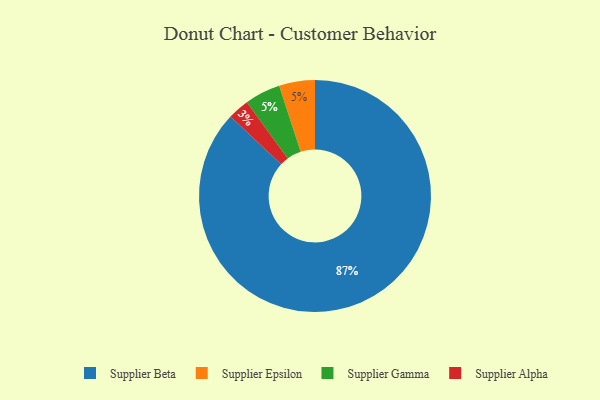
{"axis": {"x": "Category", "y": "Percentage"}, "legend": ["Supplier Alpha", "Supplier Beta", "Supplier Epsilon", "Supplier Gamma"], "data": [{"x": "Supplier Beta", "y": 87, "type": "Supplier Beta"}, {"x": "Supplier Epsilon", "y": 5, "type": "Supplier Epsilon"}, {"x": "Supplier Gamma", "y": 5, "type": "Supplier Gamma"}, {"x": "Supplier Alpha", "y": 3, "type": "Supplier Alpha"}]}